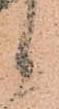
候